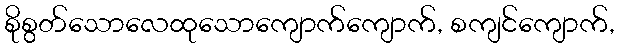
စိုစွတ်သောလေထုသောကျောက်ကျောက်, စကျင်ကျောက်,